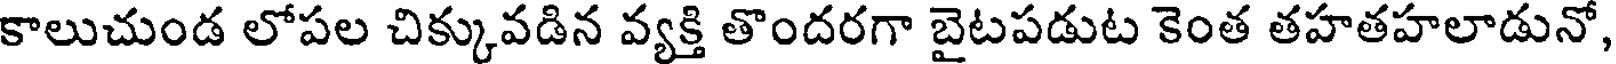
కాలుచుండ లోపల చిక్కువడిన వ్యక్తి తొందరగా బైటపడుట కెంత తహతహలాడునో,